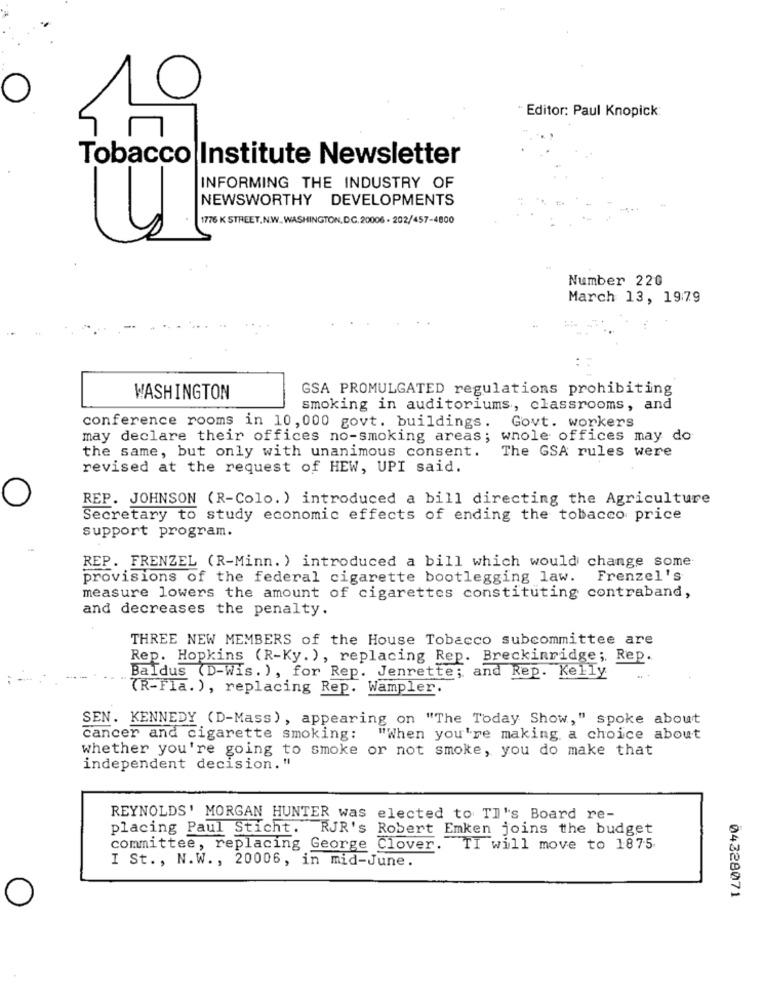
Editor: Paul Knopick:
Tobacco Institute Newsletter
INFORMING THE INDUSTRY OF
NEWSWORTHY DEVELOPMENTS
1776 K STREET. N.W. WASHINGTON, DC. 20006 - 202/457-4800
Number 220
March 13, 1979
GSA PROMULGATED regulations prohibiting
WASHINGTON
smoking in auditoriums, classrooms, and
conference rooms in 10, 000 govt. buildings. Govt. workers
may declare their offices no-smoking areas; whole offices may do
the same, but only with unanimous consent.
The GSA rules were
revised at the request of HEW, UPI said.
REP. JOHNSON (R-Colo. ) introduced a bill directing the Agriculture
Secretary to study economic effects of ending the tobacco price
support program.
REP. FRENZEL (R-Minn. ) introduced a bill which would change some
provisions of the federal cigarette bootlegging law. Frenzel's
measure lowers the amount of cigarettes constituting contraband,
and decreases the penalty.
THREE NEW MEMBERS of the House Tobacco subcommittee are
Rep. Hopkins (R-Ky. ), replacing Rep. Breckinridge ;, Rep.
Baldus (D-Wis. ), for Rep. Jenrette; and Rep. Kelly
(R-Fla.), replacing Rep. Wampler.
SEN. KENNEDY (D-Mass ), appearing on "The Today Show," spoke about
cancer and cigarette smoking:
"When you're making a choice about
whether you're going to smoke or not smoke, you do make that
independent decision. "
REYNOLDS' MORGAN HUNTER was elected to TI's Board re-
placing Paul Sticht. RJR's Robert Emken joins the budget
committee, replacing George Clover. TI will move to 1875
I St ., N.W ., 20006, in mid-June.
04328071